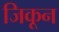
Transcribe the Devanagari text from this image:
जिकून